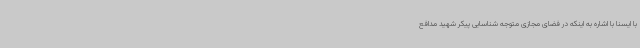
با ایسنا با اشاره به اینکه در فضای مجازی متوجه شناسایی پیکر شهید مدافع